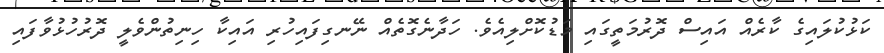
ކަޅުކުލައިގެ ކާރެއް އައިސް ދޮރުމަތީގައި މަޑުކޮށްލިއެވެ. ހަދާނެގޮތެއް ނޭނގިފައިހުރި އައިކާ ހިނިތުންވެލީ ދޮރުހުޅުވާފައި